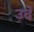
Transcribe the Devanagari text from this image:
उदे